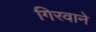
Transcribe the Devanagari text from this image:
गिरवाने